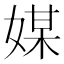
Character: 媒